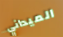
الميداني